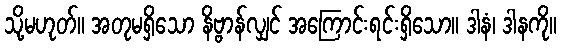
သို့မဟုတ်။ အတုမရှိသော နိဗ္ဗာန်လျှင် အကြောင်းရင်းရှိသော။ ဒါနံ၊ ဒါနကို။